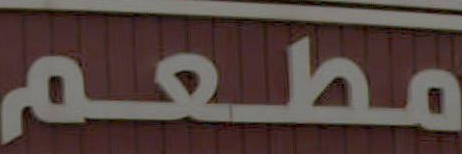
مطعم